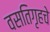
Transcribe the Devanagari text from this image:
वसतिगृहचे